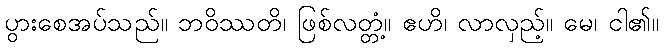
ပွားစေအပ်သည်။ ဘဝိဿတိ၊ ဖြစ်လတ္တံ့။ ဧဟိ၊ လာလှည့်။ မေ၊ ငါ၏။